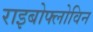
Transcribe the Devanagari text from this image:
राइबोफ्लोविन